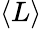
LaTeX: \langle L\rangle